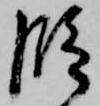
段